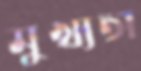
মুখ্যতা